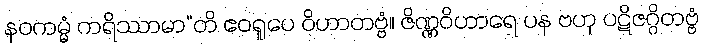
နဝကမ္မံ ကရိဿာမာ”တိ ဧဝရူပေ ဝိဟာတဗ္ဗံ။ ဇိဏ္ဏဝိဟာရေ ပန ဗဟု ပဋိဇဂ္ဂိတဗ္ဗံ